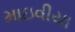
માઇવીયા